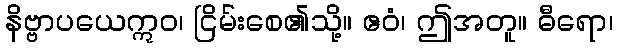
နိဗ္ဗာပယေဣဝ၊ ငြိမ်းစေ၏သို့။ ဧဝံ၊ ဤအတူ။ ဓီရော၊